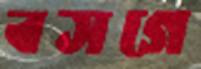
বসগে